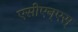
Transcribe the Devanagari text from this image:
एसीएन्एस्